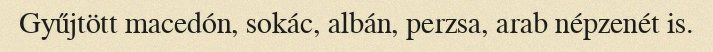
Gyűjtött macedón, sokác, albán, perzsa, arab népzenét is.